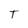
Character: T